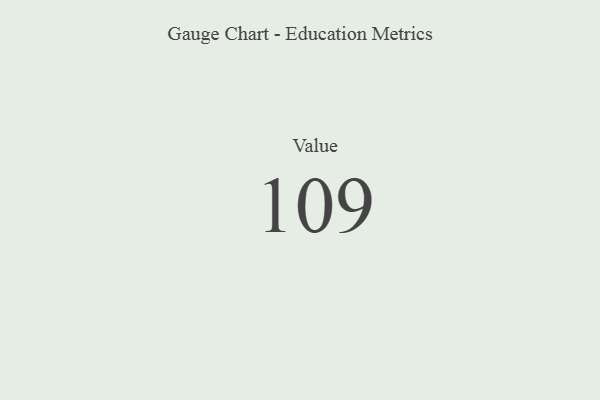
{"axis": {"x": "Metric", "y": "Value"}, "legend": [""], "data": [{"x": "Value", "y": 109, "type": ""}]}